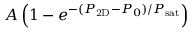
A \left( 1 - e ^ { - ( \ensuremath { P _ { \mathrm { 2 D } } } - P _ { 0 } ) / P _ { \mathrm { s a t } } } \right)